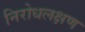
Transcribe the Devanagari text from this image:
निरोधलक्षण